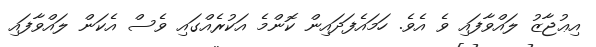
އިޢުޖާޒު ލައްވާފައި ވެ އެވެ. ހަމައެފަދައިން ކޮންމެ އަކުރެއްގައި ވެސް އެކަން ލައްވާފައި